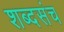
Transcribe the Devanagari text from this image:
शब्दसंच